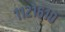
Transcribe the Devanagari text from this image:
११२१६१०